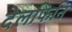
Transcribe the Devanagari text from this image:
देलफिनि